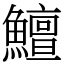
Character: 鱣